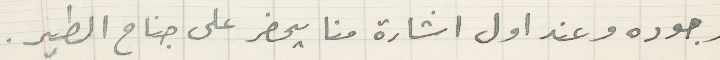
وجوده وعند اول اشارة منا يحضر على جناح الطير.